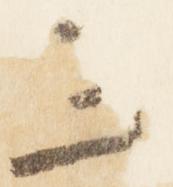
三